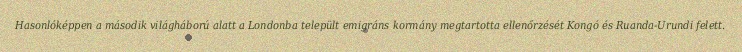
Hasonlóképpen a második világháború alatt a Londonba települt emigráns kormány megtartotta ellenőrzését Kongó és Ruanda-Urundi felett.